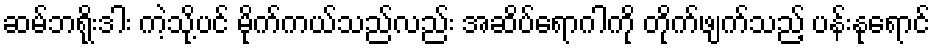
ဆမ်ဘရိုးဒါး ကဲ့သို့ပင် မိုက်ကယ်သည်လည်း အဆိပ်ရောဂါကို တိုက်ဖျက်သည့် ပန်းနုရောင်